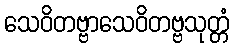
သေဝိတဗ္ဗာသေဝိတဗ္ဗသုတ္တံ